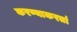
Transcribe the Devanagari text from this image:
करण्याकरतां